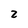
Character: 2